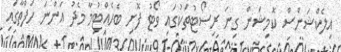
އިލެކްޝަންސް ކޮމިޝަން ގިނަ ރިސޯޓުތަކުގައި ވޯޓު ފޮށި ބެހެއްޓުމާ މެދު އަންނަ ހަފްތާގައި